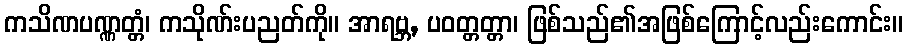
ကသိဏပဏ္ဏတ္တံ၊ ကသိုဏ်းပညတ်ကို။ အာရဗ္ဘ, ပဝတ္တတ္တာ၊ ဖြစ်သည်၏အဖြစ်ကြောင့်လည်းကောင်း။